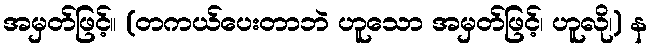
အမှတ်ဖြင့်။ (တကယ်ပေးတာဘဲ ဟူသော အမှတ်ဖြင့်၊ ဟူလို၊) န